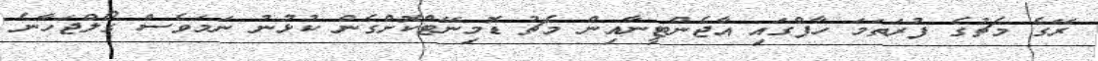
ރޭގެ މެޗުގެ ފުރަތަމަ ހާފްގައި އާޖެންޓީނާއިން މެޗު ޑޮމިނޭޓްކޮށްގެން ކުޅުނު ނަމަވެސް ގޯލްޖަހާނެ